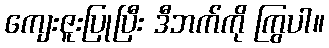
ကျေးဇူးပြုပြီး ဒီဘက်ကို ကြွပါ။